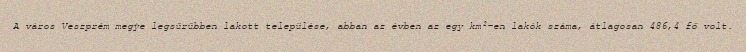
A város Veszprém megye legsűrűbben lakott települése, abban az évben az egy km²-en lakók száma, átlagosan 486,4 fő volt.